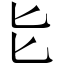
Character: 𫧇